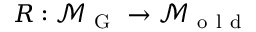
R : \mathcal { M } _ { \mathrm { ~ G ~ } } \to \mathcal { M } _ { \mathrm { ~ o ~ l ~ d ~ } }